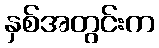
နှစ်အတွင်းက